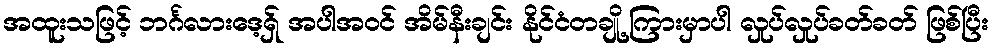
အထူးသဖြင့် ဘင်္ဂလားဒေ့ရှ် အပါအဝင် အိမ်နီးချင်း နိုင်ငံတချို့ ကြားမှာပါ လှုပ်လှုပ်ခတ်ခတ် ဖြစ်ပြီး